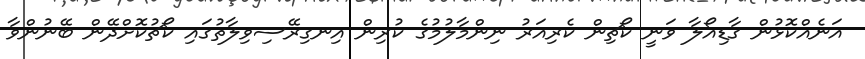
އަނެއްކޮޅުން ގާޑިއޯލާ ވަނީ ކޯޗިން ކެރިއަރު ނިންމާލުމުގެ ކުރިން އިނގިރޭސިވިލާތުގައި ކޯޗުކޮށްދޭން ބޭނުންވާ